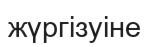
жүргізуіне